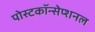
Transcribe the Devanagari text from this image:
पोस्टकॉन्सेप्शनल